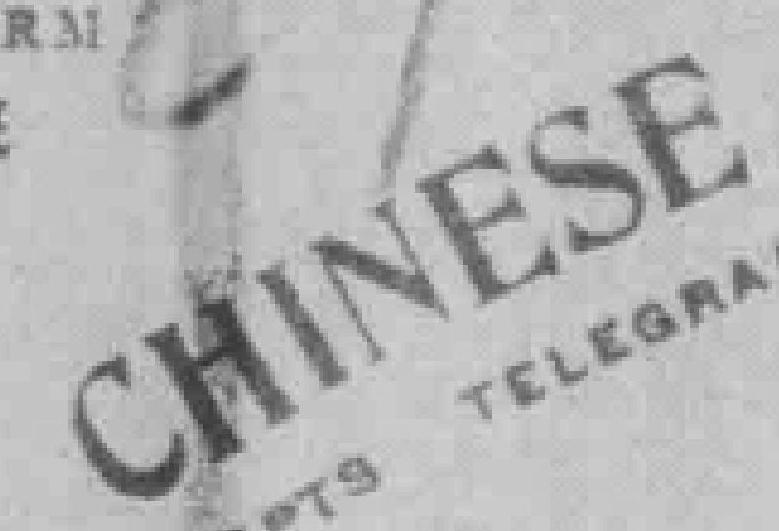
CHINESE